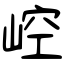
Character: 崆